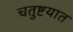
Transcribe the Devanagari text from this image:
चतुष्टयात